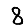
Digit: 8